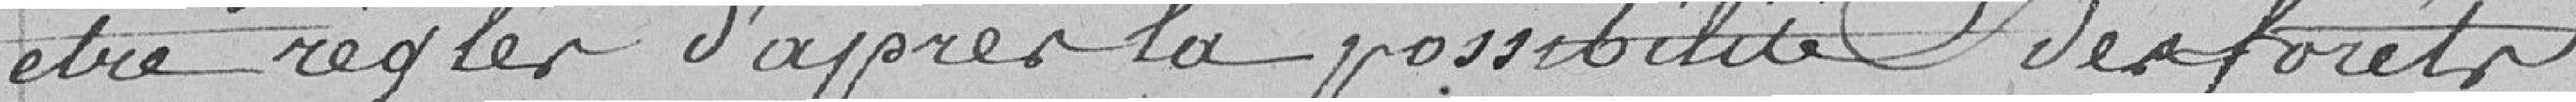
être réglé d'après la possibilité des forêts